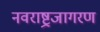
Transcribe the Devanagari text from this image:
नवराष्ट्रजागरण